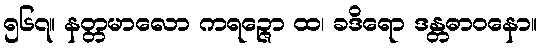
၅၆၇။ နတ္တမာလော ကရဉ္ဇော ထ၊ ခဒိရော ဒန္တဓာဝနော။